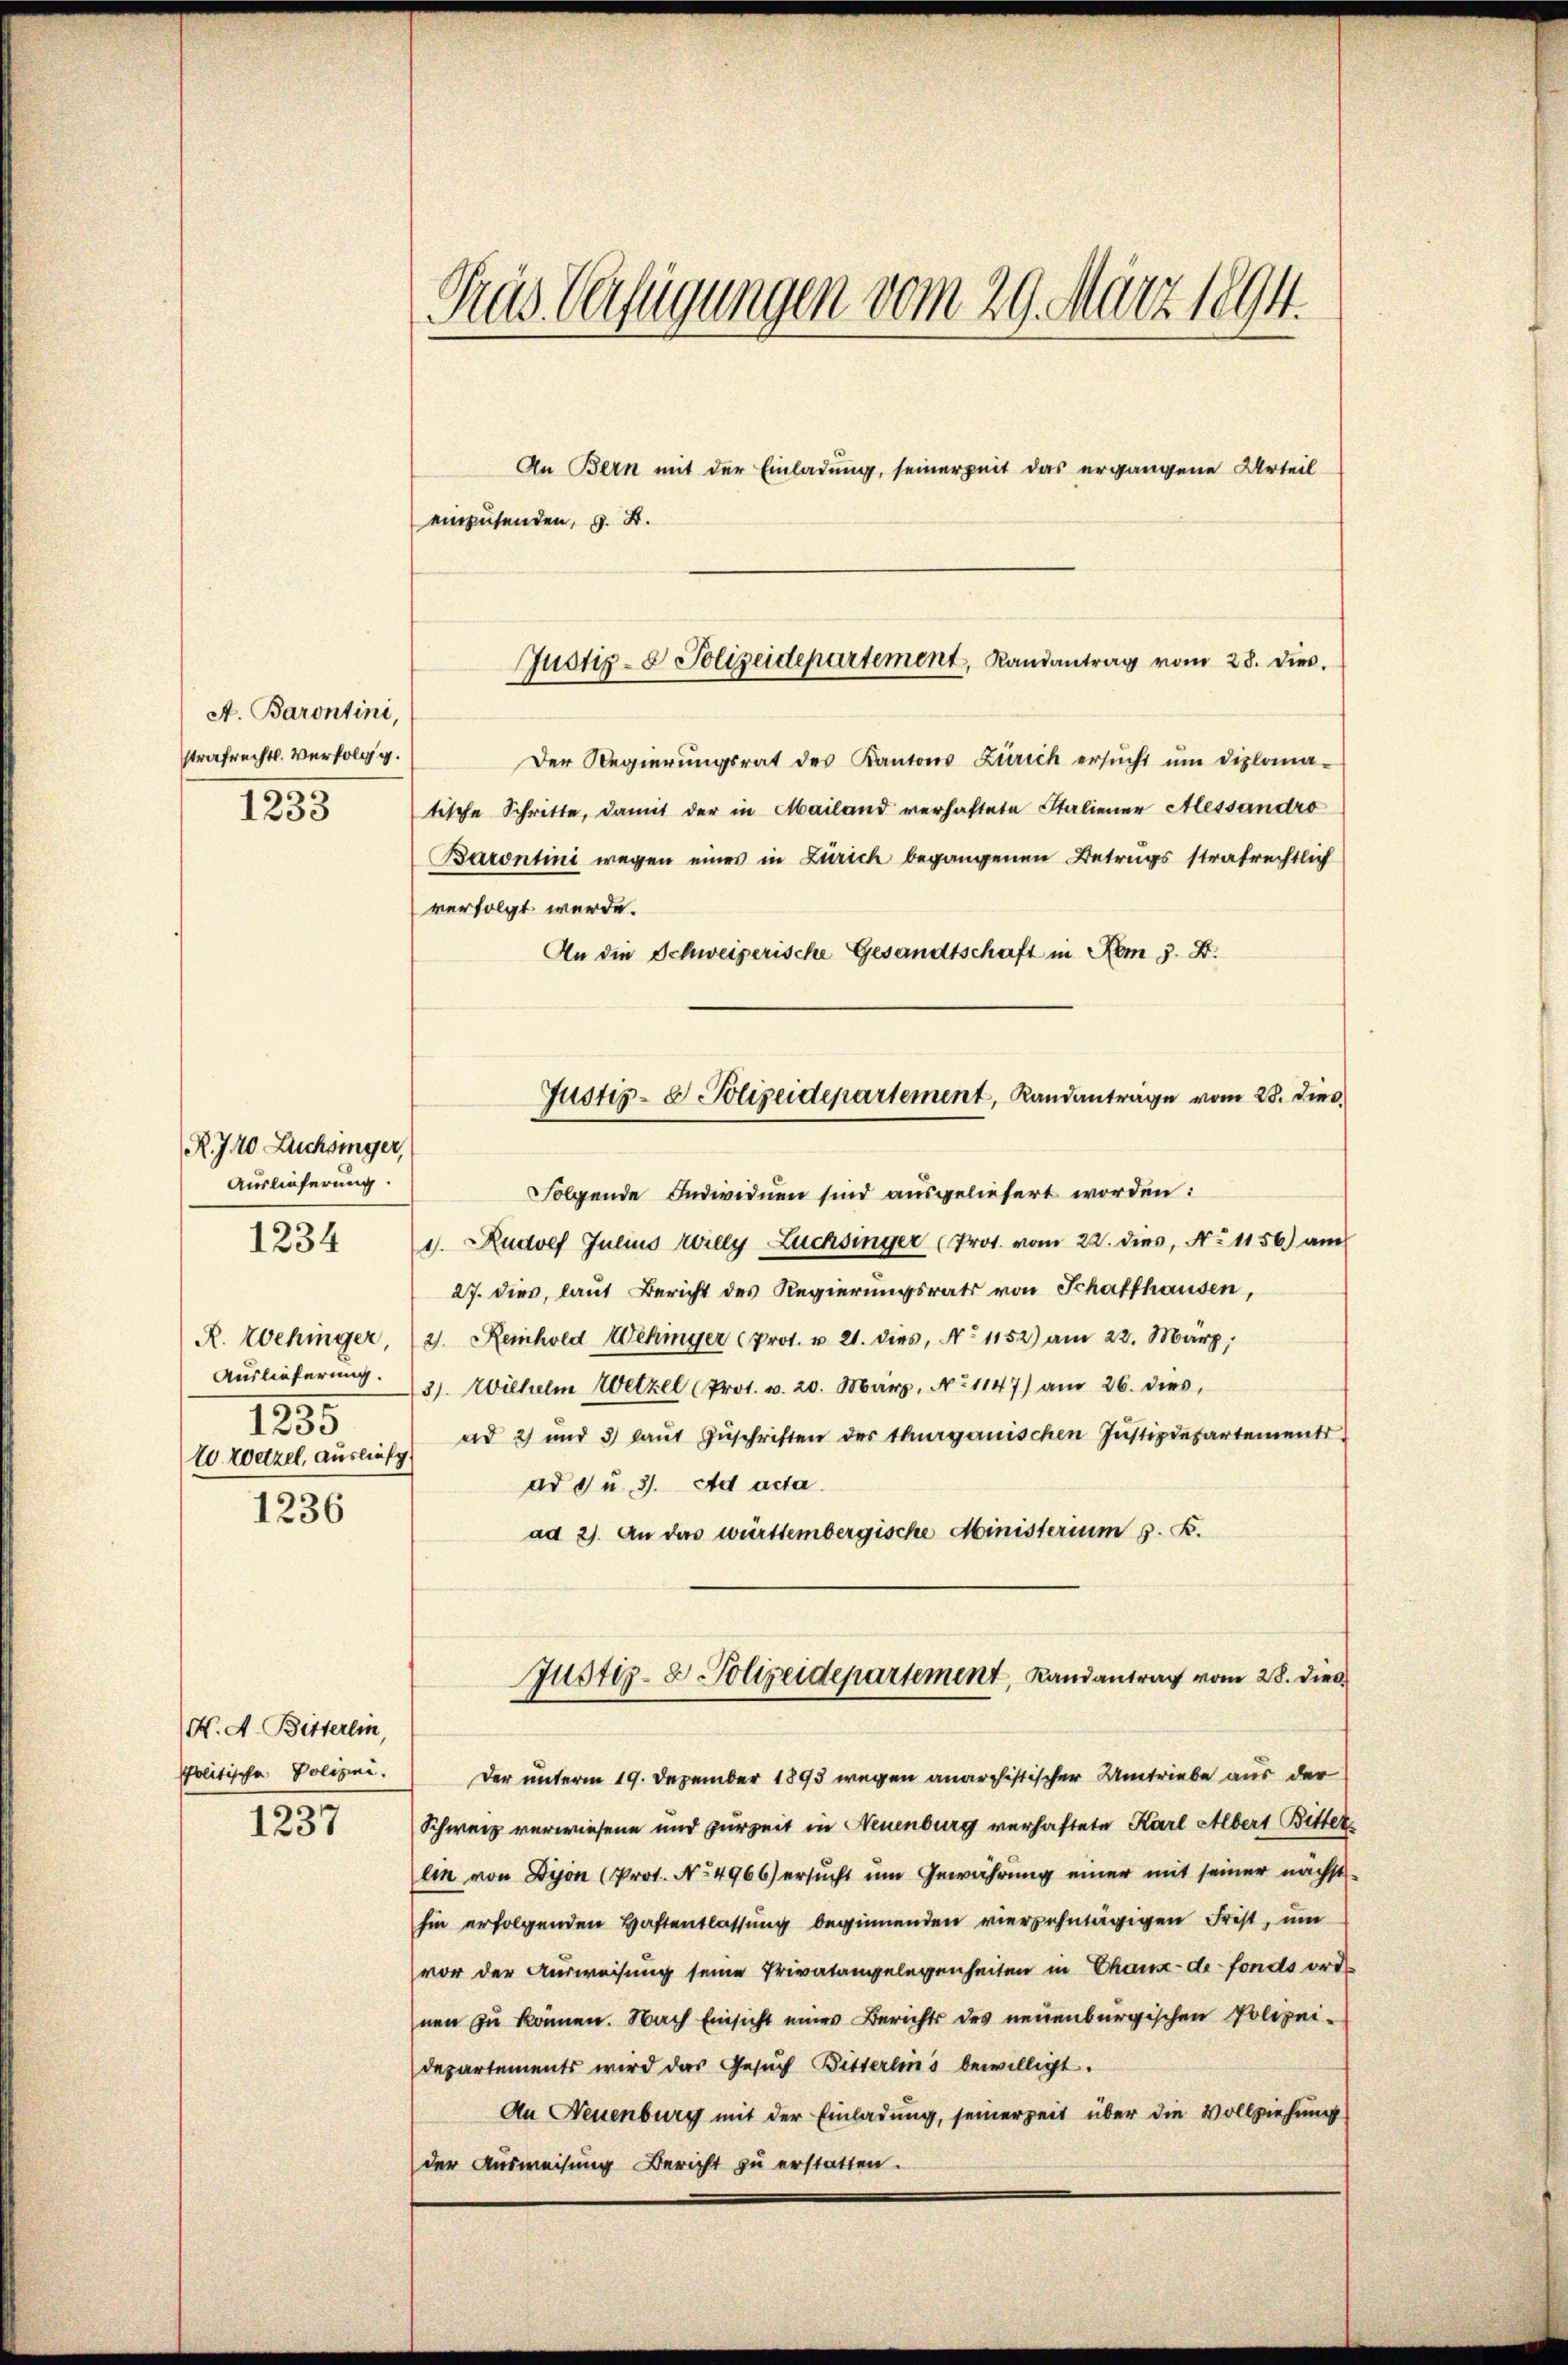
A. Barontini,
strafrechtl. Verfolgg.
1233

R. 740 Lachsinger,
Auslieferung.
R. Wehinger
125.
5
10. Wetzel, ausliefe

1234

1236

H. A. Bitterlin,
politische Polizei.
1237

Tras Verfügungen vom 29. März 1894.

Der Regierŭngsrat des Kantons Zürich ersŭcht ŭm diploma-
tische Schritte, damit der in Mailand verhaftete Staliener Alessandro
Barontini wegen eines in Zürich begangenen Betrugs strafrechtlich
verfolgt werde.
An die Schweizerische Gesandtschaft in Rom 5. D.
Folgende Individuen sind ausgeliefert worden:
1. Rudolf Julius Willy Züchsinger (Prot. vom 22. dies, No 1156) am
27. dies, laut Bericht des Regierungsrats von Schaffhausen,
2). Reinhold Wehinger (Prot. u. 21. dies, No 1152) am 22. März,
Auslieferung. 3. Wilhelm Wetzel (Prot. v. 20. März, No 1147) am 26. dies,
ad 2) und 3 laŭt Zŭschriften der thurganischen Justizdepartements
ad 6 u. 31. Ad acta.
ad 2). An das württembergische Ministerium z. B.
Justiz- & Polizeidepartement, Landantrag vom 28. Die
Der unterm 19. Dezember 1893 wegen anarchistischer Umtriebe aus der
Schweiz verwiesene und zur Zeit in Neuenburg verhaftete Karl Albert Bitter
lin von Dyon (Prot. No 4966) ersucht um Gewährung einer mit seiner nächst-
hin erfolgenden Haftentlassung beginnenden vierzehntägigen Frist, um
vor der Ausweisung seine Privatangelegenheiten in Chaux-de-Fonds ord
nen zu können. Nach Einsicht eines Berichts des neuenburgischen Polizei¬
Departements wird das Gesuch Bitterlins bewilligt.
An Neuenburg mit der Einladung, seinerzeit über die Vollziehung
der Ausweisung Bericht zu erstatten.

An Bern mit der Einladung, seinerzeit das ergangene Urteil
einzusenden, z. B.

Justiz- & Polizeidepartement, Randantrag vom 28. dies

Justiz- & Polizeidepartement, Randanträge vom 28. dies